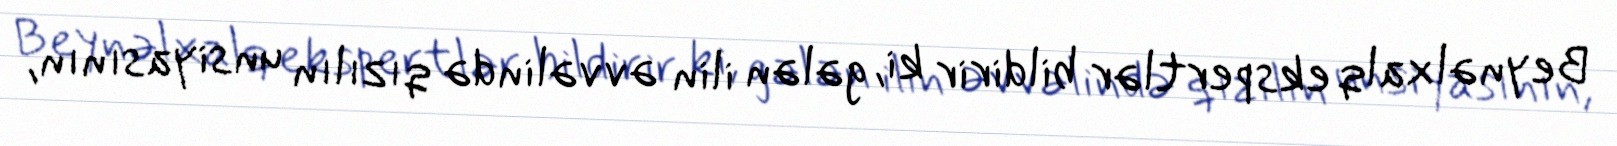
Beynəlxalq ekspertlər bildirir ki, gələn ilin əvvəlində qızılın unsiyasının,